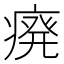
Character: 㾱